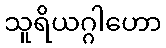
သူရိယဂ္ဂါဟော